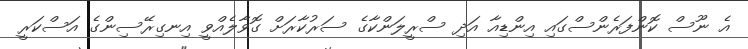
އެ ނޫސް ކޮންފަރެންސްގައި އިންޑިއާ އަދި ސްރީލަންކާގެ ސަރުކާރަށް ގޮވާލެއްވީ އިނގިރޭސިންގެ އަސްކަރީ